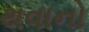
થવાનો